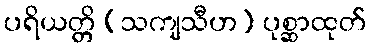
ပရိယတ္တိ (သကျသီဟ) ပုစ္ဆာထုတ်